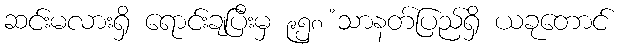
ဆင်းမလားရှိ ရောင်းချပြီးမှ ၉၅၈ ံသာနတ်ပြည်ရှိ ယခုတောင်